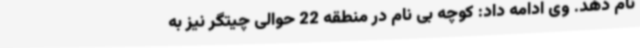
نام دهد. وی ادامه داد: کوچه بی نام در منطقه 22 حوالی چیتگر نیز به